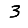
Digit: 3